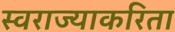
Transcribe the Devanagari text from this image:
स्वराज्याकरिता